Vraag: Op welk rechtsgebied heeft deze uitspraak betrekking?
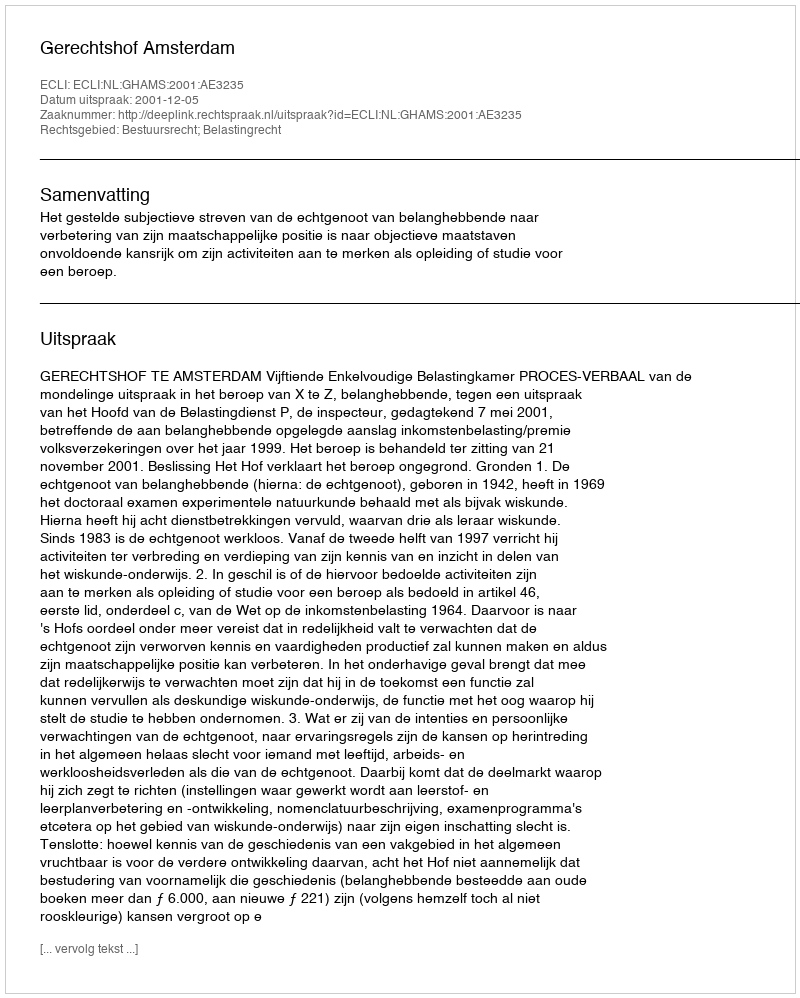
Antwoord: Bestuursrecht; Belastingrecht